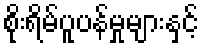
စိုးရိမ်ပူပန်မှုများနှင့်